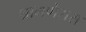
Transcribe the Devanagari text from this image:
श्रामणेरास